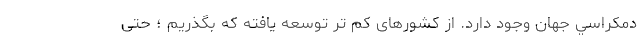
دمكراسي جهان وجود دارد. از کشورهای کم تر توسعه یافته که بگذریم ؛ حتی